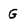
Character: G